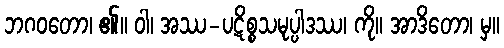
ဘဂဝတော၊ ၏။ ဝါ၊ အဿ-ပဋိစ္စသမုပ္ပါဒဿ၊ ကို။ အာဒိတော၊ မှ။